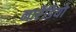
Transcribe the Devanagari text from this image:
नार्रेडियो